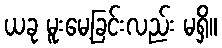
ယခု မူးမေ့ခြင်းလည်း မရှိ။